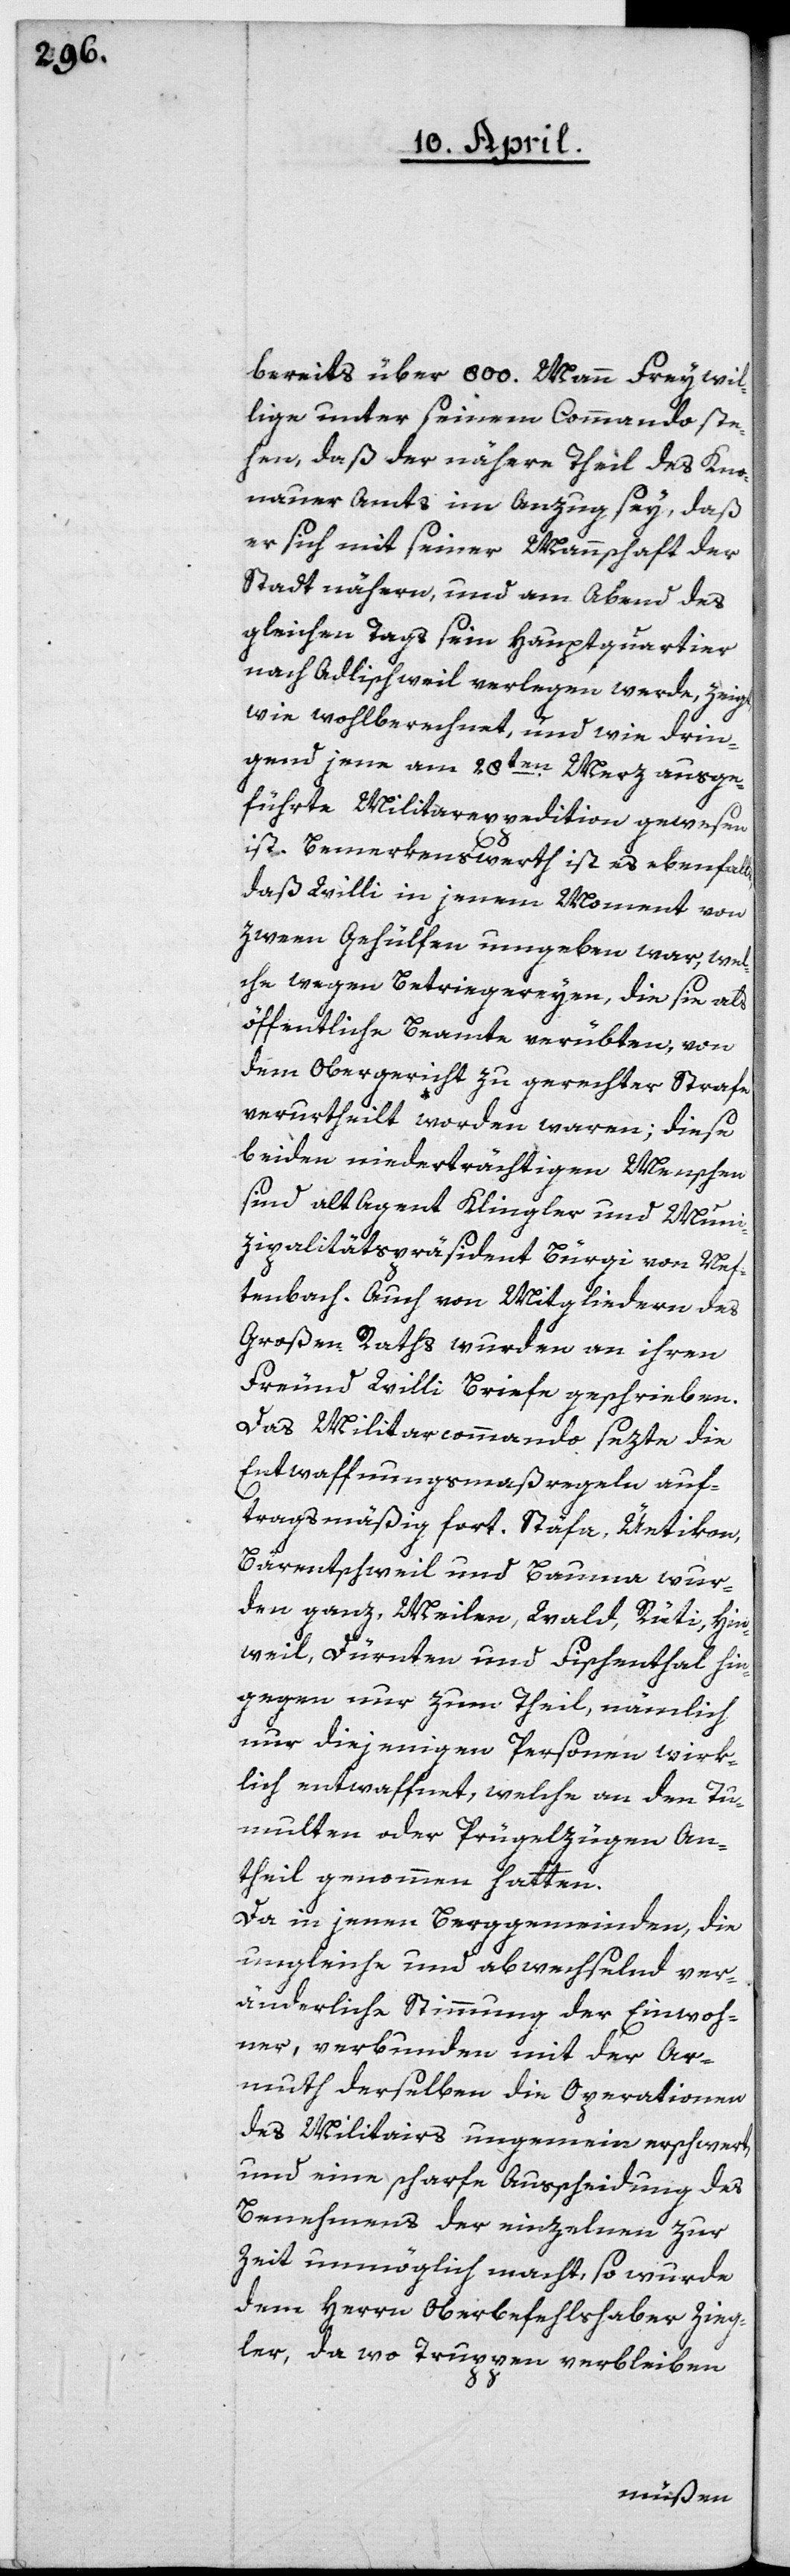
bereits über 800. Mann Freywil¬
lige unter seinem Commando ste¬
hen, daß der nähere Theil des Kno¬
nauer Amts im Anzug sey, daß
er sich mit seiner Mannschaft der
Stadt nähere, und am Abend des
gleichen Tags sein Hauptquartier
nach Adlischweil verlegen werde, zeigt
wie wohlberechnet, und wie drin¬
gend jene am 28ten Merz ausge¬
führte Militarexpedition gewesen
ist. Bemerkenswerth ist es ebenfalls,
daß Willi in jenem Moment von
zween Gehülfen umgeben war, wel¬
che wegen Betriegereyen, die sie als
öffentliche Beamte verübten, von
dem Obergericht zu gerechter Strafe
verurtheilt worden waren; diese
beiden niederträchtigen Menschen
sind alt Agent Klingler und Muni¬
zipalitätspräsident Bürgi von Nef¬
tenbach. Auch von Mitgliedern des
Großen Raths wurden an ihren
Freund Willi Briefe geschrieben.
Das Militarcommando sezte die
Entwaffnungsmaßregeln auf¬
tragsmäßig fort. Stäfa, Uetikon,
Bärentschweil und Bauma wur¬
den ganz, Meilen, Wald, Rüti, Hin¬
weil, Dürnten und Fischenthal hin¬
gegen nur zum Theil, nämlich
nur diejenigen Personen wirk¬
lich entwaffnet, welche an den Tu¬
multen oder Prügelzügen An¬
theil genommen hatten.
Da in jenen Berggemeinden, die
ungleiche und abwechselnd ver¬
änderliche Stimmung der Einwoh¬
ner, verbunden mit der Ar¬
mut derselben die Operationen
des Militairs ungemein erschwert,
und eine scharfe Ausscheidung des
Benehmens der einzelnen zur
Zeit unmöglich macht, so wurde
dem Herrn Oberbefehlshaber Zieg¬
ler, da wo Truppen verbleiben